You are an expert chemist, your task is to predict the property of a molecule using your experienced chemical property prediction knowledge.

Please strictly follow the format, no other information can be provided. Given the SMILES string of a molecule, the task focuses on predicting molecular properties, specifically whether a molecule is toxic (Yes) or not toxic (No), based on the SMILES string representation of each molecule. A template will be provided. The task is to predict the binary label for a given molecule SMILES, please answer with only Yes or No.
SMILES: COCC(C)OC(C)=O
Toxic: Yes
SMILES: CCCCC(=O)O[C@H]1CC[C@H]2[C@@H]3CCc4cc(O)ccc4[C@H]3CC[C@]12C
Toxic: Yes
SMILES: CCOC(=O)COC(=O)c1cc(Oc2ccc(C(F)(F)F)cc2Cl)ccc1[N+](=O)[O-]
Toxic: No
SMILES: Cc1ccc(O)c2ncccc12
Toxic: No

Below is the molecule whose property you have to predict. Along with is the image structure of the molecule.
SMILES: CC(C)(C)OC(=O)c1ncn2c1[C@@H]1CCCN1C(=O)c1c(Br)cccc1-2
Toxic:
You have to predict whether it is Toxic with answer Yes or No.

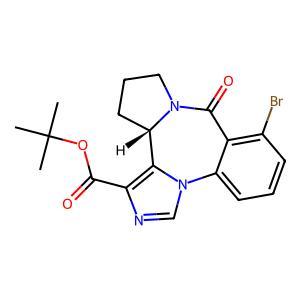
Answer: No